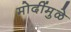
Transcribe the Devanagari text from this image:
मोदींमुळे